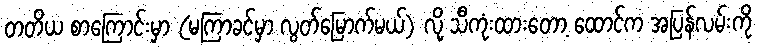
တတိယ စာကြောင်းမှာ (မကြာခင်မှာ လွတ်မြောက်မယ်) လို့ သီကုံးထားတော့ ထောင်က အပြန်လမ်းကို